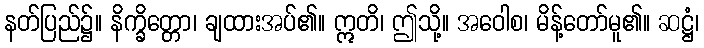
နတ်ပြည်၌။ နိက္ခိတ္တော၊ ချထားအပ်၏။ ဣတိ၊ ဤသို့။ အဝေါစ၊ မိန့်တော်မူ၏။ ဆဋ္ဌံ၊